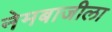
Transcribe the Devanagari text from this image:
नेमबाजीला